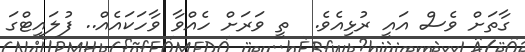
ގާތަށް ވެސް އައީ ރުޅިއެވެ.  ތީ ވަރަށް ހެއްވާ ވާހަކައެއް.. ފުލައިޓްގަ